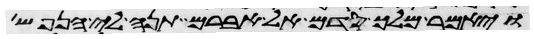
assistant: ויאמר מלך סדם אל אברם תנה לי הנפש